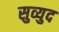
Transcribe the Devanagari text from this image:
सुव्युद